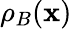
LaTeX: \rho_{B}({\boldsymbol{\mathbf{x}}})